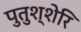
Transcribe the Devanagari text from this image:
पुतुश्शेरि